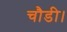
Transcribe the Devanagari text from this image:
चौडी।